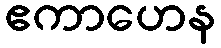
ဧကာဟေန